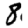
Digit: 8